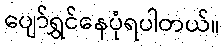
ပျော်ရွှင်နေပုံရပါတယ်။